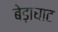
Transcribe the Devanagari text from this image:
बेड़ाघाट